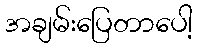
အချမ်းပြေတာပေါ့